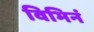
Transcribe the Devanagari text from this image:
विभिनं